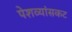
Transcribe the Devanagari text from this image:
पेशव्यांसकट